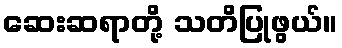
ဆေးဆရာတို့ သတိပြုဖွယ်။